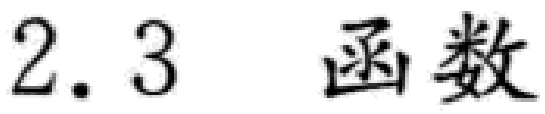
$2.3\quad 函数$